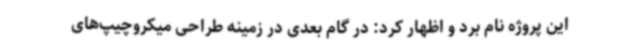
این پروژه نام برد و اظهار کرد: در گام بعدی در زمینه طراحی میکروچیپ‌های